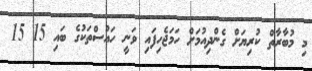
މި މުބާރާތް ކުރިޔަށް ގެންދިއުމަށް ހަމަޖެހިފައި ވަނީ ހައުސްތަކުގެ ބައި 15 15